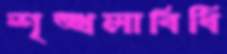
শৃঙ্খলাবিধি